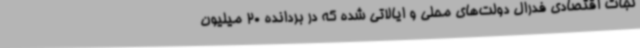
نجات اقتصادی فدرال دولت‌های محلی و ایالاتی شده که در بردانده 20 میلیون